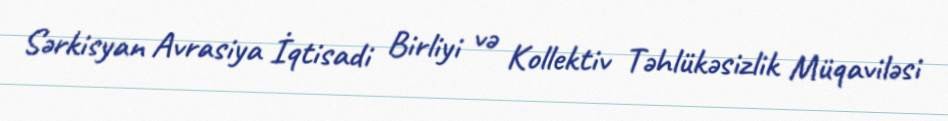
Sərkisyan Avrasiya İqtisadi Birliyi və Kollektiv Təhlükəsizlik Müqaviləsi